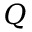
Q